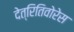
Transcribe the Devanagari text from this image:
देत्रितिवोरेस